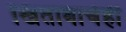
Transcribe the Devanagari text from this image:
खिताबाचेही